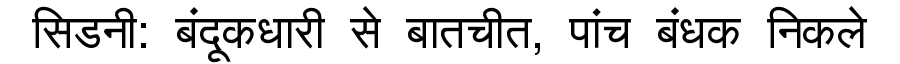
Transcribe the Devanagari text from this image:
सिडनी: बंदूकधारी से बातचीत, पांच बंधक निकले